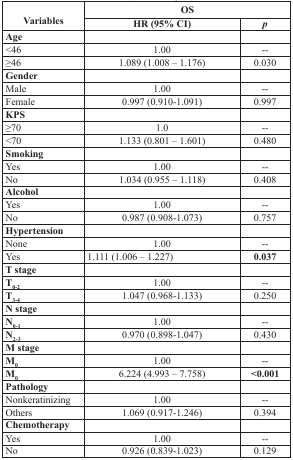
<table><thead><tr><td rowspan="2"><b>Variables</b></td><td colspan="2"><b>OS</b></td></tr><tr><td><b>HR (95% CI)</b></td><td><b><i>p</i></b></td></tr></thead><tbody><tr><td><b>Age</b></td><td></td><td></td></tr><tr><td>&lt;46</td><td>1.00</td><td>--</td></tr><tr><td>≥46</td><td>1.089 (1.008 – 1.176)</td><td>0.030</td></tr><tr><td><b>Gender</b></td><td></td><td></td></tr><tr><td>Male</td><td>1.00</td><td>--</td></tr><tr><td>Female</td><td>0.997 (0.910-1.091)</td><td>0.997</td></tr><tr><td><b>KPS</b></td><td></td><td></td></tr><tr><td>≥70</td><td>1.0</td><td>--</td></tr><tr><td>&lt;70</td><td>1.133 (0.801 – 1.601)</td><td>0.480</td></tr><tr><td><b>Smoking</b></td><td></td><td></td></tr><tr><td>Yes</td><td>1.00</td><td>--</td></tr><tr><td>No</td><td>1.034 (0.955 – 1.118)</td><td>0.408</td></tr><tr><td><b>Alcohol</b></td><td></td><td></td></tr><tr><td>Yes</td><td>1.00</td><td>--</td></tr><tr><td>No</td><td>0.987 (0.908-1.073)</td><td>0.757</td></tr><tr><td><b>Hypertension</b></td><td></td><td></td></tr><tr><td>None</td><td>1.00</td><td>--</td></tr><tr><td>Yes</td><td>1.111 (1.006 – 1.227)</td><td><b>0.037</b></td></tr><tr><td><b>T stage</b></td><td></td><td></td></tr><tr><td><b>T<sub>0-2</sub></b></td><td>1.00</td><td>--</td></tr><tr><td><b>T<sub>3-4</sub></b></td><td>1.047 (0.968-1.133)</td><td>0.250</td></tr><tr><td><b>N stage</b></td><td></td><td></td></tr><tr><td><b>N<sub>0-1</sub></b></td><td>1.00</td><td>--</td></tr><tr><td><b>N<sub>2-3</sub></b></td><td>0.970 (0.898-1.047)</td><td>0.430</td></tr><tr><td><b>M stage</b></td><td></td><td></td></tr><tr><td><b>M<sub>0</sub></b></td><td>1.00</td><td>--</td></tr><tr><td><b>M<sub>0</sub></b></td><td>6.224 (4.993 – 7.758)</td><td><b>&lt;0.001</b></td></tr><tr><td><b>Pathology</b></td><td></td><td></td></tr><tr><td>Nonkeratinizing</td><td>1.00</td><td>--</td></tr><tr><td>Others</td><td>1.069 (0.917-1.246)</td><td>0.394</td></tr><tr><td><b>Chemotherapy</b></td><td></td><td></td></tr><tr><td>Yes</td><td>1.00</td><td>--</td></tr><tr><td>No</td><td>0.926 (0.839-1.023)</td><td>0.129</td></tr></tbody></table>